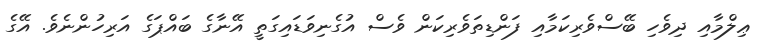
ޢިލްމާއި ދިވެހި ބޭސްވެރިކަމާއި ފަންޑިތަވެރިކަން ވެސް އުގެނިވަޑައިގަތީ އޭނާގެ ބައްޕަގެ އަރިހުންނެވެ. އޭގެ